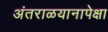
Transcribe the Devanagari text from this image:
अंतराळयानापेक्षा